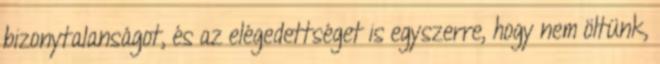
bizonytalanságot, és az elégedettséget is egyszerre, hogy nem öltünk,